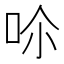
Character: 𠰒